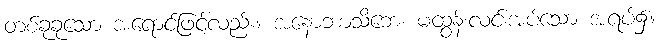
တစ်ခုခုသော အရောင်ဖြင့်လည်း။ အနောဘာသိဘေ၊ မထွန်းလင်းအပ်သော အရပ်၌။